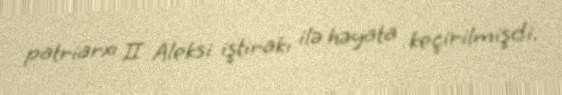
patriarxı II Aleksi iştirakı ilə həyata keçirilmişdi.